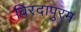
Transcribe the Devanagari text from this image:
विरदापुरम